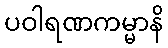
ပဝါရဏကမ္မာနိ